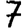
Digit: 7